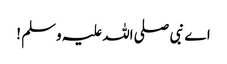
اے نبی صلی اللہ علیہ وسلم !